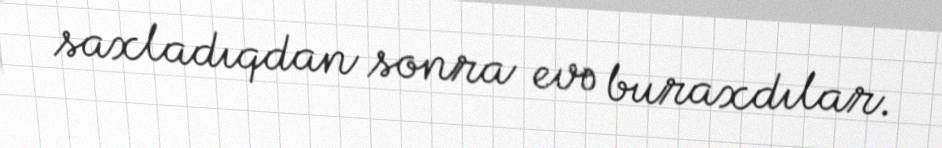
saxladıqdan sonra evə buraxdılar.